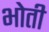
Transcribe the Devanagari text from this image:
भोती